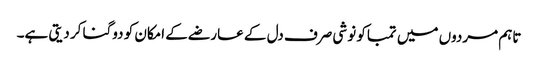
تاہم مردوں میں تمباکو نوشی صرف دل کے عارضے کے امکان کو دوگنا کر دیتی ہے۔